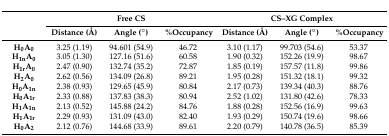
| <ROWSPAN=2>  | <COLSPAN=3> Free CS | <COLSPAN=3> CS–XG Complex |
 | Distance (Å) | Angle (°) | %Occupancy | Distance (Å) | Angle (°) | %Occupancy |
 | --- | --- | --- | --- | --- | --- | --- |
 | H0A0 | 3.25 (1.19) | 94.601 (54.9) | 46.72 | 3.10 (1.17) | 99.703 (54.6) | 53.37 |
 | H1nA0 | 3.05 (1.30) | 127.16 (51.6) | 60.58 | 1.90 (0.32) | 152.26 (19.9) | 98.67 |
 | H1rA0 | 2.47 (0.90) | 132.74 (35.2) | 72.87 | 1.85 (0.19) | 157.57 (11.8) | 99.86 |
 | H2A0 | 2.62 (0.56) | 134.09 (26.8) | 89.21 | 1.95 (0.28) | 151.32 (18.1) | 99.32 |
 | H0A1n | 2.38 (0.93) | 129.65 (45.9) | 80.84 | 2.17 (0.73) | 139.34 (40.3) | 88.76 |
 | H0A1r | 2.33 (0.88) | 137.83 (38.3) | 80.94 | 2.52 (1.02) | 131.80 (42.6) | 78.33 |
 | H1A1n | 2.13 (0.52) | 145.88 (24.2) | 84.76 | 1.88 (0.28) | 152.56 (16.9) | 99.63 |
 | H1A1r | 2.29 (0.93) | 131.09 (43.0) | 82.40 | 1.93 (0.29) | 150.74 (19.6) | 98.66 |
 | H0A2 | 2.12 (0.76) | 144.68 (33.9) | 89.61 | 2.20 (0.79) | 140.78 (36.5) | 85.39 |